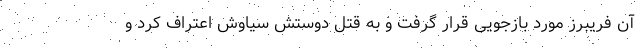
آن فریبرز مورد بازجویی قرار گرفت و به قتل دوستش سیاوش اعتراف کرد و